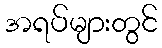
အရပ်များတွင်